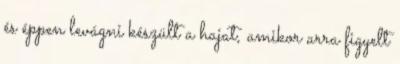
és éppen levágni készült a hajat, amikor arra figyelt